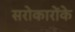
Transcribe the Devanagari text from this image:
सरोकारोंके